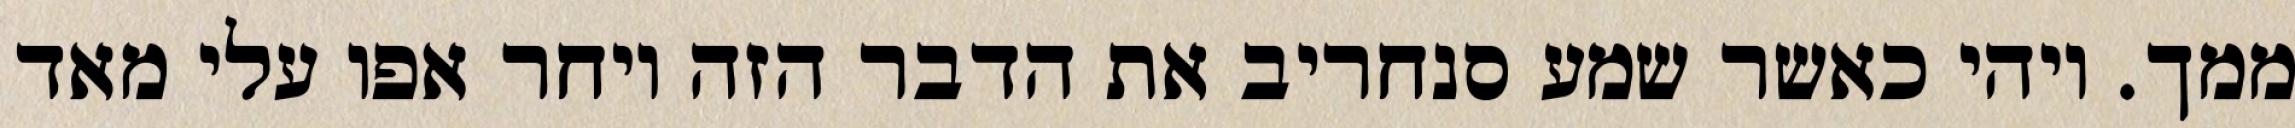
ממך. ויהי כאשר שמע סנחריב את הדבר הזה ויחר אפו עלי מאד